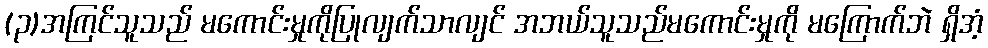
(၃)အကြင်သူသည် မကောင်းမှုကိုပြုလျက်သာလျင် အဘယ်သူသည်မကောင်းမှုကို မကြောက်ဘဲ ရှိအံ့